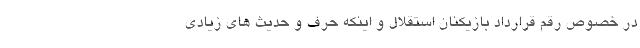
در خصوص رقم قرارداد بازیکنان استقلال و اینکه حرف و حدیث های زیادی